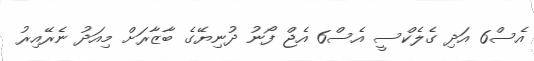
އެސް6 އަދި ގެލެކްސީ އެސް6 އެޖް ފޯނު ދުނިޔޭގެ ބާޒާރަށް މިއަދު ނެރޭއިރު